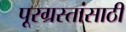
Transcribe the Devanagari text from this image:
पूरग्रस्तांसाठी